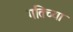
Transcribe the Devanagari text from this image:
गतिच्या